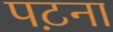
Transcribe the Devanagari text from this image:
पट़ना